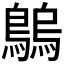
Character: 𪄝